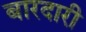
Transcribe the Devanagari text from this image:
बारदारी